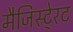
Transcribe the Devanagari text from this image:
मैजिस्टे्रट